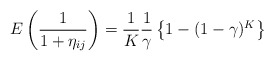
\begin{align*}E \left(\frac{1}{1+\eta_{ij}}\right)=\frac{1}{K}\frac{1}{\gamma}\left\{1-(1-\gamma)^{K}\right\}\end{align*}